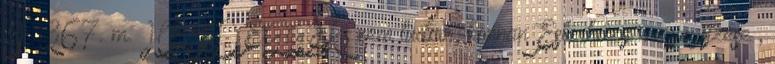
I 367. m. HEIDEGGER, nem tudom, honnan Esterházy megjegyzése ,